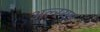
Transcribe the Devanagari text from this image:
अल्स्यम